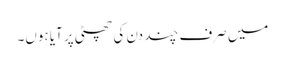
میں صرف چند دن کی چھٹی پر آیا ہوں۔